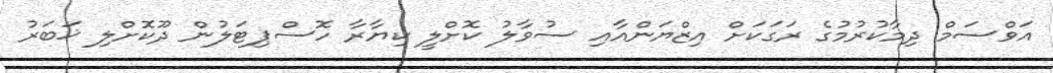
އަވްސަމް ދިމާކުރުމުގެ ރަގަކަށް އިޒްޔަންއާއި ސުވާލު ކޮށްލީ ކިޔާރާ ހޮސްޕިޓަލުން ދޫކޮށްލި ޚަބަރު